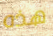
هذه